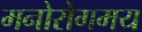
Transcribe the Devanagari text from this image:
मनोरोगमय